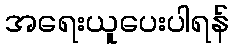
အရေးယူပေးပါရန်